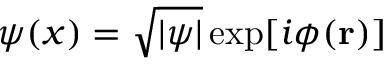
\psi ( x ) = \sqrt { | \psi | } \exp [ i \phi ( { \bf r } ) ]